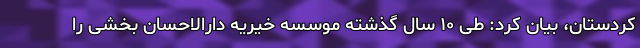
کردستان، بیان کرد: طی ۱۰ سال گذشته موسسه خیریه دارالاحسان بخشی را